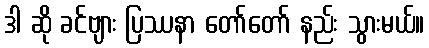
ဒါ ဆို ခင်ဗျား ပြဿနာ တော်တော် နည်း သွားမယ်။